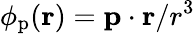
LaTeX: \phi_{\mathrm{p}}(\mathbf{r})=\mathbf{p}\cdot\mathbf{r}/r^{3}